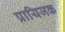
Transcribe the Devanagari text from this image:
प्रायिजक